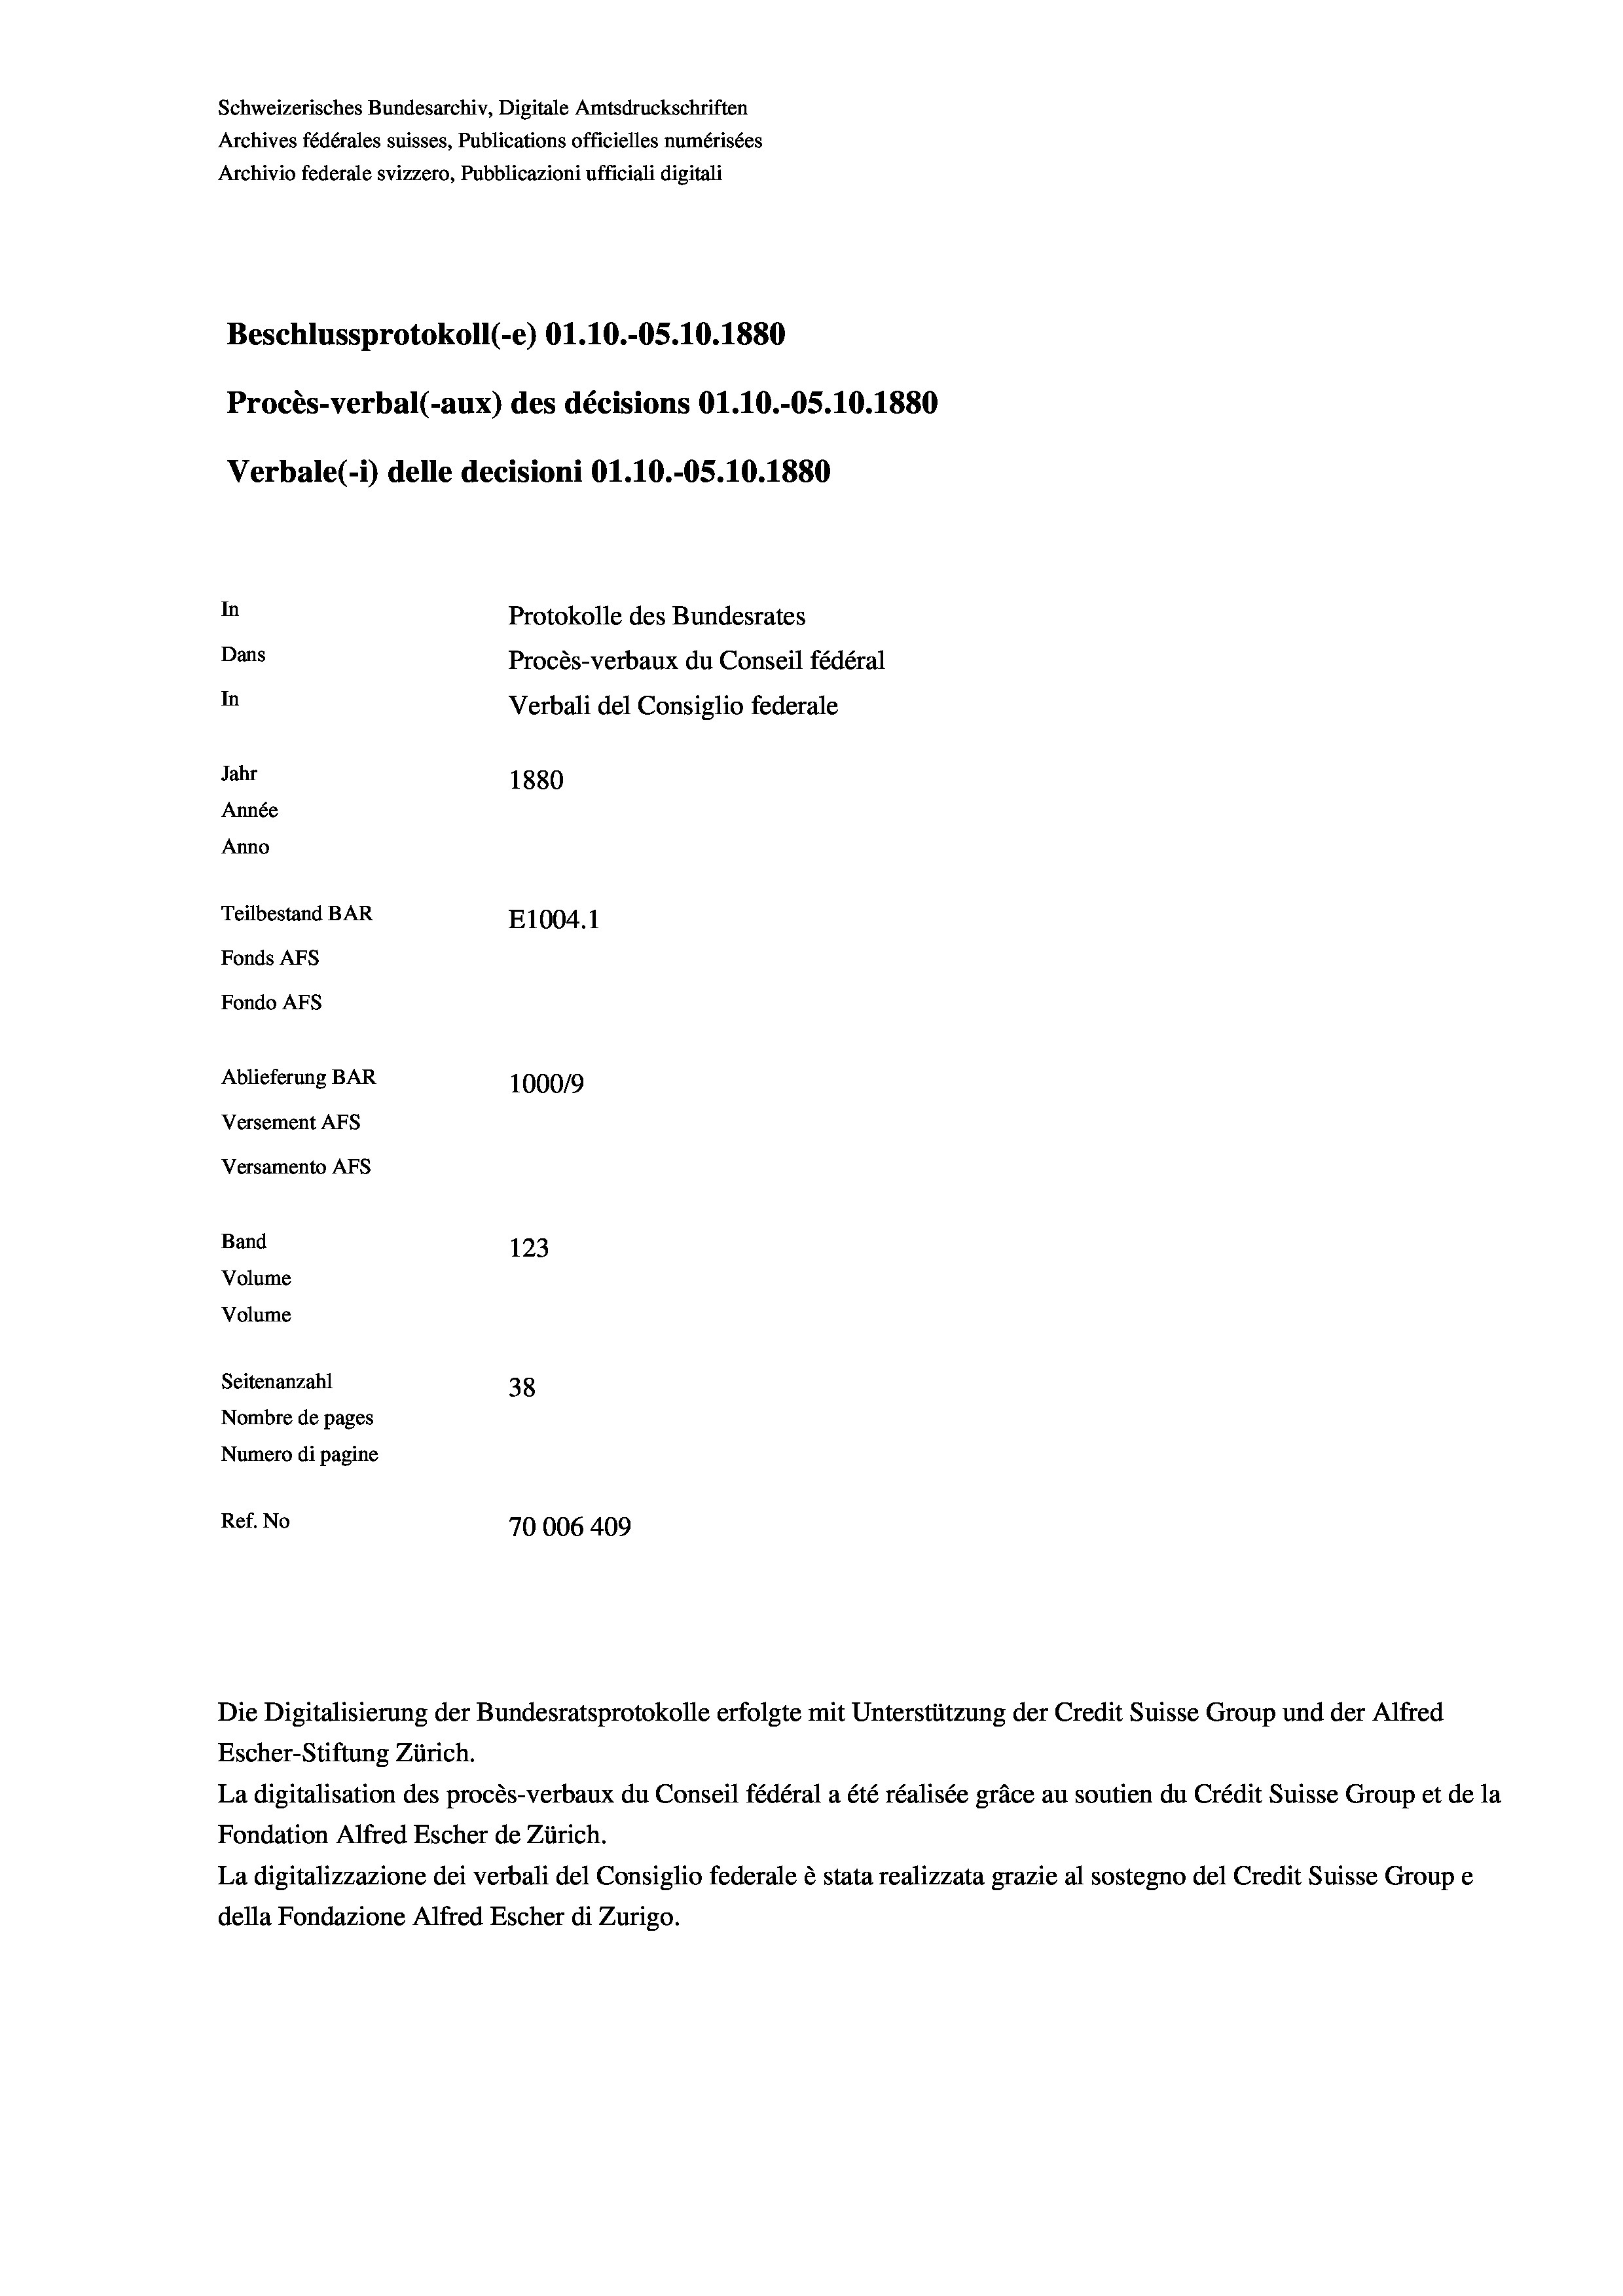
Schweizerisches Bundesarchiv, Digitale Amtsdruckschriften
Archives fédérales suisses, Publications officielles numérisées
Archivio federale svizzero, Pubblicazioni ufficiali digitali
Beschlussprotokoll (-e) O1.10.-O5.10.1880
Procès-verbal (-aux) des décisions O1.10.-OS.10.1880
Verbale (- 1) delle decisioni O1.10.-O5.10.1880
In
Protokolle des Bundesrates
Dans
Procès-verbaux du Conseil fédéral
In
Verbali del Consiglio federale
Jahr
1880
Année
Anno
Teilbestand BAR
E1004. 1
Fonds AFs
Fondo Afs
Ablieferung BAR
10009
Versement Ans
Versamento Afs
Band
123
Volume
Volume
Seitenanzahl
38
Nombre de pages
Numero di pagine
Ref. No
70006 409

Die Digitalisierung der Bundesratsprotokolle erfolgte mit Unterstützung der Credit Suisse Group und der Alfred
Escher-Stiftung Zürich.
La digitalisation des procès-verbaux du Conseil fédéral a été réalisée gräce au soutien du Crédit Suisse Group et de la
Fondation Alfred Escher de Zürich.
La digitalizzazione dei verbali del Consiglio federale è stata realizzata grazie al sostegno del Credit Suisse Groupe
della Fondazione Alfred Escher di Zurigo.